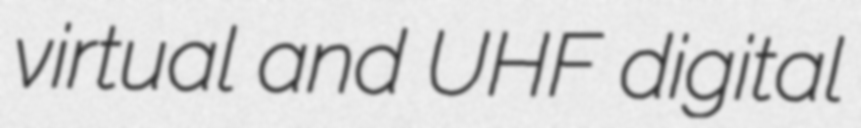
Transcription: virtual and UHF digital